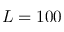
L = 1 0 0